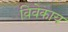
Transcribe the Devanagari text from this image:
विवेकाय